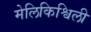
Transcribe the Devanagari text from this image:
मेलिकिश्विली